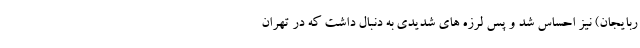
ربایجان) نیز احساس شد و پس لرزه های شدیدی به دنبال داشت که در تهران